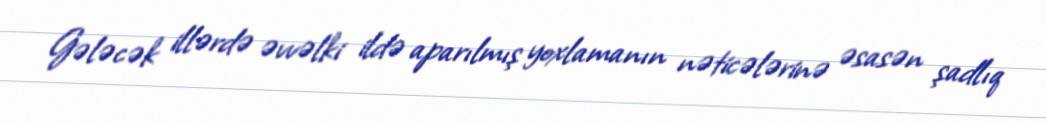
Gələcək illərdə əvvəlki ildə aparılmış yoxlamanın nəticələrinə əsasən şadlıq